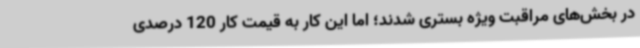
در بخش‌های مراقبت ویژه بستری شدند؛ اما این کار به قیمت کار 120 درصدی